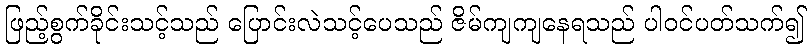
ဖြည့်စွက်ခိုင်းသင့်သည် ပြောင်းလဲသင့်ပေသည် ဇိမ်ကျကျနေရသည် ပါဝင်ပတ်သက်၍